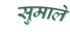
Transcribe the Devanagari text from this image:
सुमाले